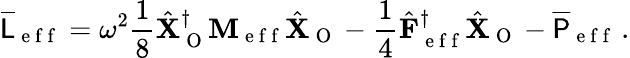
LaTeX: \overline{{\mathsf{L}}}_{\mathrm{~e~f~f~}}=\omega^{2}\frac{1}{8}\hat{\mathbf{X}}_{\mathrm{~O~}}^{\dagger}\mathbf{M}_{\mathrm{~e~f~f~}}\hat{\mathbf{X}}_{\mathrm{~O~}}-\frac{1}{4}\hat{\mathbf{F}}_{\mathrm{~e~f~f~}}^{\dagger}\hat{\mathbf{X}}_{\mathrm{~O~}}-\overline{{\mathsf{P}}}_{\mathrm{~e~f~f~}}\, .